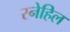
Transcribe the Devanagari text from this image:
स्नेहिल